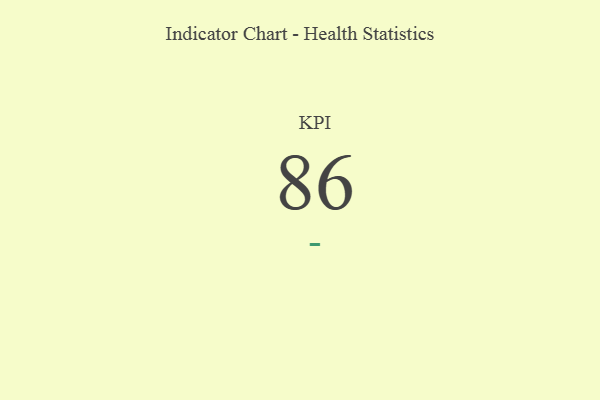
{"axis": {"x": "KPI", "y": "Value"}, "legend": [""], "data": [{"x": "KPI", "y": 86, "type": ""}]}